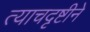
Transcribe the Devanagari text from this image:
त्याचदृष्टीने